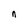
Character: n